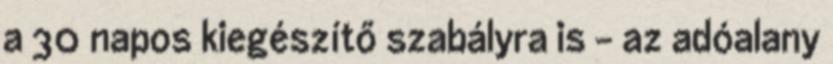
a 30 napos kiegészítő szabályra is – az adóalany